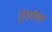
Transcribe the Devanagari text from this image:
टुंगतेल